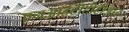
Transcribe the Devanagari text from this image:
एनआईटीटीटीआर